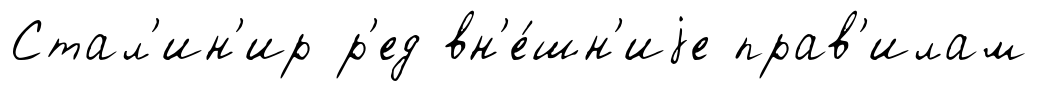
Стал'ин'ир р'ед вн'е́шн'иjе прав'илам